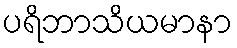
ပရိဘာသိယမာနာ